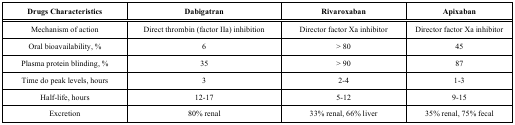
| Drugs Characteristics | Dabigatran | Rivaroxaban | Apixaban |
 | --- | --- | --- | --- |
 | Mechanism of action | Direct thrombin (factor IIa) inhibition | Director factor Xa inhibitor | Director factor Xa inhibitor |
 | Oral bioavailability, % | 6 | > 80 | 45 |
 | Plasma protein blinding, % | 35 | > 90 | 87 |
 | Time do peak levels, hours | 3 | 2-4 | 1-3 |
 | Half-life, hours | 12-17 | 5-12 | 9-15 |
 | Excretion | 80% renal | 33% renal, 66% liver | 35% renal, 75% fecal |